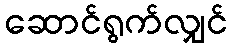
ဆောင်ရွက်လျှင်